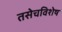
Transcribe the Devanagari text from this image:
तसेचविशेष